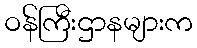
ဝန်ကြီးဌာနများက